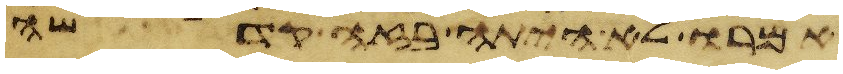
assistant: אמרו לא היתה בזה קדשה